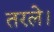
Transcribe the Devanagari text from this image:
तरले।